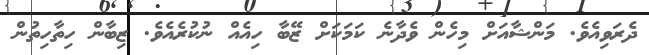
ދެރަވިއެވެ. މަންޝާއަށް މިހެން ވެދާނެ ކަމަކަށް ޒޭބާ ހިއެއް ނުކުރެއެވެ. ޒިބާން ހިތާހިތުން